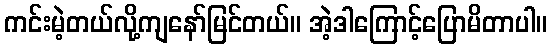
ကင်းမဲ့တယ်လို့ကျနော်မြင်တယ်။ အဲ့ဒါကြောင့်ပြောမိတာပါ။